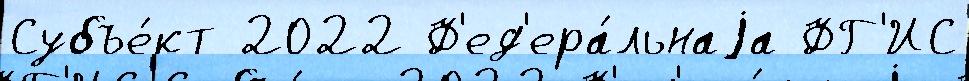
Субъе́кт 2022 Ф'ед'ера́льнаjа ФГ'ИС